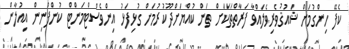
ކެފޭ ހިންގުމަށް ޝައުޤުވެރިވެލައްވާ ފަރާތްތަކަށް ތަން ކުއްޔަށްދޫކުރުމަށް ގުޅިފަޅު އިންވެސްޓްމަންޓް ކުންފުނިން އިއުލާން